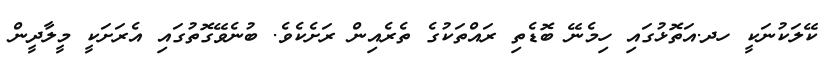
ކޭލަކުނަކީ ހދ.އަތޮޅުގައި ހިމެނޭ ބޮޑެތި ރައްތަކުގެ ތެރެއިން ރަށެކެވެ. ބުނެވޭގޮތުގައި އެރަށަކީ މީލާދީން